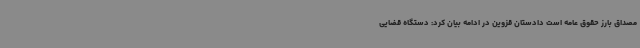
مصداق بارز حقوق عامه است دادستان قزوین در ادامه بیان کرد: دستگاه قضایی